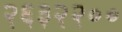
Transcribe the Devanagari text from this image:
२६३२२००